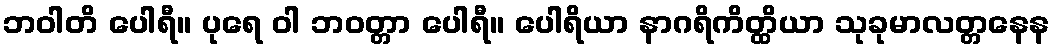
ဘဝါတိ ပေါရီ။ ပုရေ ဝါ ဘဝတ္တာ ပေါရီ။ ပေါရိယာ နာဂရိကိတ္ထိယာ သုခုမာလတ္တနေန